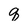
Character: q